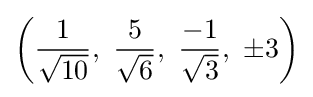
\left({\frac {1}{\sqrt {10}}},\ {\frac {5}{\sqrt {6}}},\ {\frac {-1}{\sqrt {3}}},\ \pm 3\right)